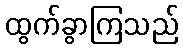
ထွက်ခွာကြသည်